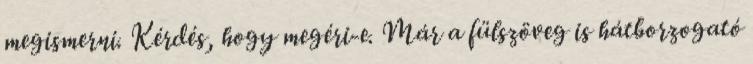
megismerni. Kérdés, hogy megéri-e. Már a fülszöveg is hátborzogató